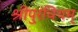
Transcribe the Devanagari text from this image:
श्रीपुरंवियम्